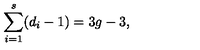
\sum _ { i = 1 } ^ { s } ( d _ { i } - 1 ) = 3 g - 3 ,